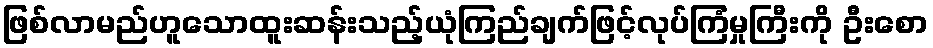
ဖြစ်လာမည်ဟူသောထူးဆန်းသည့်ယုံကြည်ချက်ဖြင့်လုပ်ကြံမှုကြီးကို ဦးစော